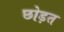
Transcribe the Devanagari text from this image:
छोड़त